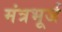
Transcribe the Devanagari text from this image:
मंत्रभूर्ज